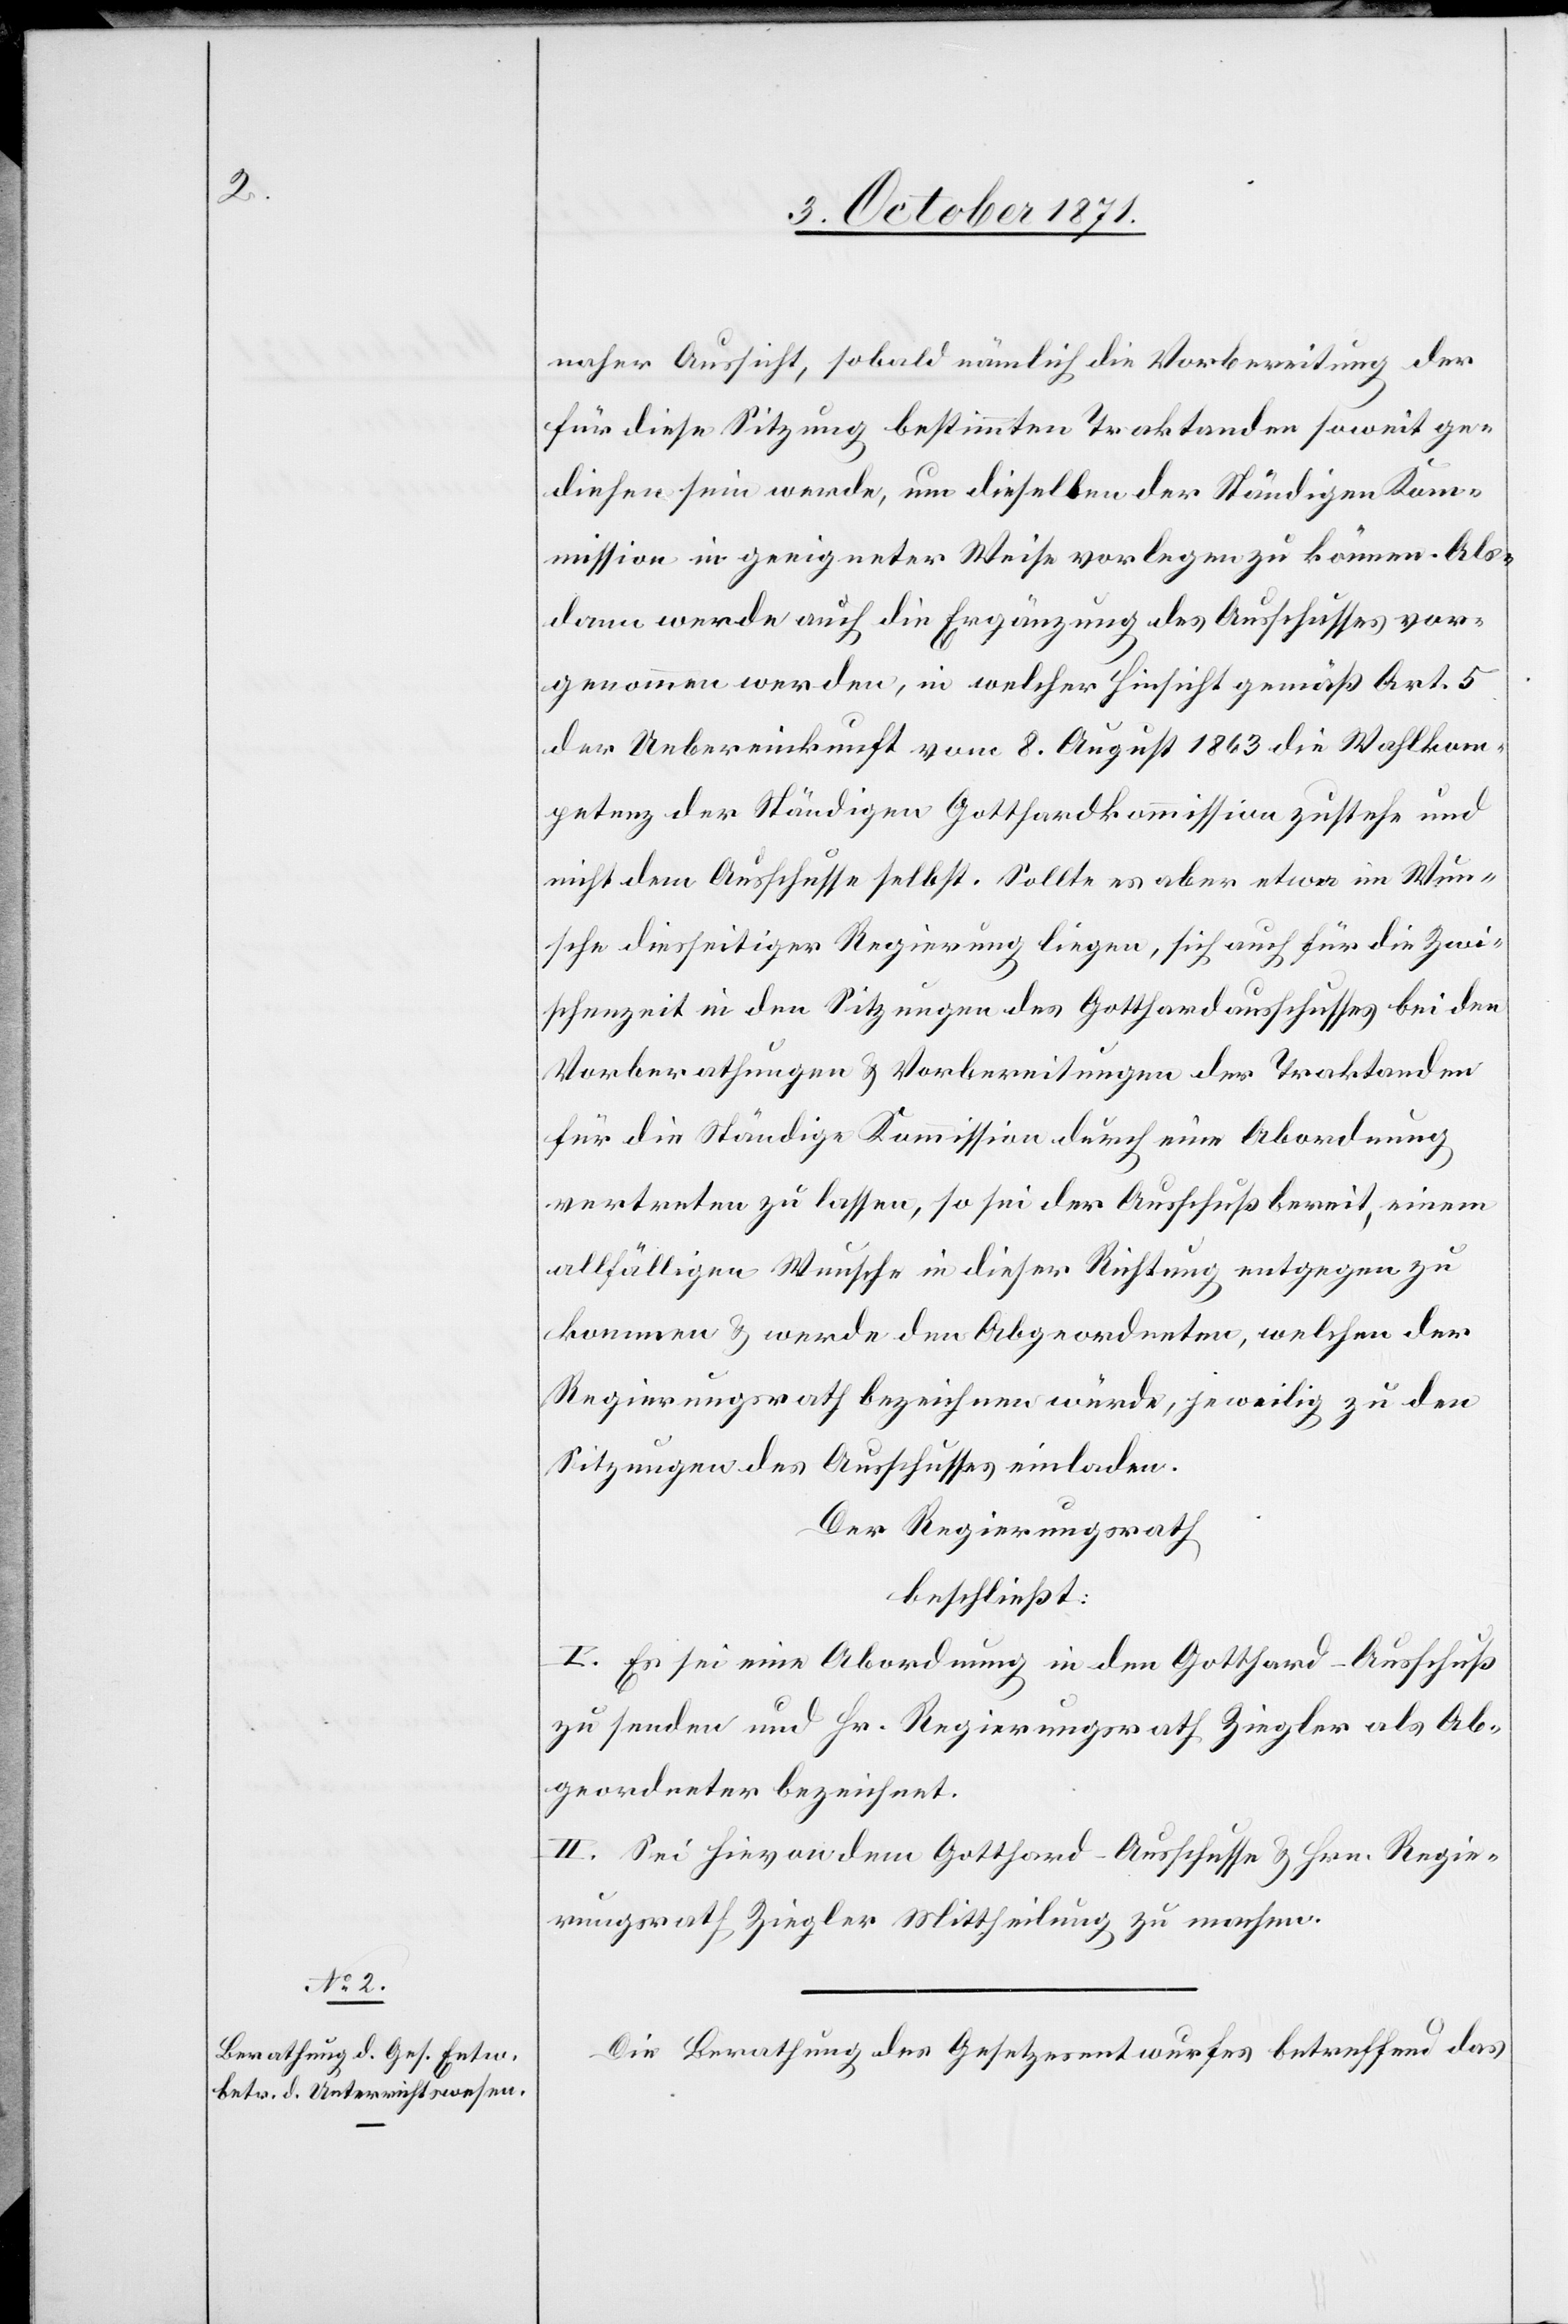
naher Aussicht, sobald nämlich die Vorbereitung der
für diese Sitzung bestimmten Traktanden soweit ge¬
diehen sein werde, um dieselben der ständigen Kom¬
mission in geeigneter Weise vorlegen zu können. Als¬
dann werde auch die Ergänzung des Ausschusses vor¬
genommen werden, in welcher Hinsicht gemäß Art. 5
der Uebereinkunft vom 8. August 1863 die Wahlkom¬
petenz der ständigen Gotthardkommission zustehe und
nicht dem Ausschusse selbst. Sollte es aber etwa im Wun¬
sche diesseitiger Regierung liegen, sich auch für die Zwi¬
schenzeit in den Sitzungen des Gotthardausschusses bei den
Vorberathungen & Vorbereitungen der Traktanden
für die ständige Kommission durch eine Abordnung
vertreten zu lassen, so sei der Ausschuß bereit, einem
allfälligen Wunsche in dieser Richtung entgegen zu
kommen & werde den Abgeordneten, welchen der
Regierungsrath bezeichnen würde, jeweilig zu den
Sitzungen des Ausschusses einladen.
Der Regierungsrath
beschließt:
I. Es sei eine Abordnung in den Gotthard-Ausschuß
zu senden und Hr. Regierungsrath Ziegler als Ab¬
geordneter bezeichnet.
II. Sei hievon dem Gotthard-Ausschusse & Hrn. Regie¬
rungsrath Ziegler Mittheilung zu machen.
Die Berathung des Gesetzesentwurfes betreffend das